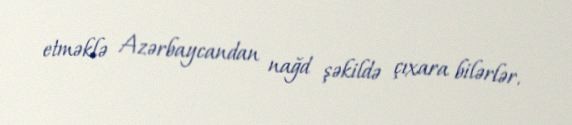
etməklə Azərbaycandan nağd şəkildə çıxara bilərlər.